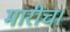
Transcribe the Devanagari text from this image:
मारीच।